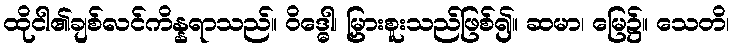
ထိုငါ၏ချစ်လင်ကိန္နရာသည်။ ဝိဒ္ဓေါ၊ မြှားစူးသည်ဖြစ်၍။ ဆမာ၊ မြေ၌။ သေတိ၊